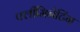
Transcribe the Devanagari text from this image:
फ्लीमिनेटिंग